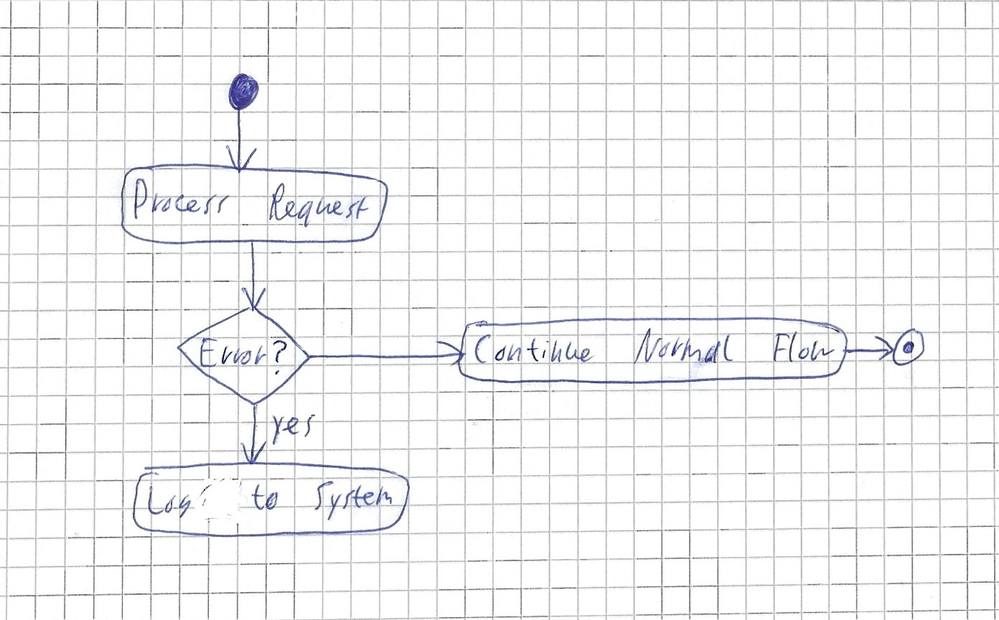
Diagram type: activity_diagram
```plantuml
@startuml

start
:Process Request;
if (Error?) then (yes)
  :Log to System;
  detach
endif
:Continue Normal Flow;
stop

@enduml
```